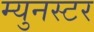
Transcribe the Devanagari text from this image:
म्युनस्टर